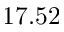
1 7 . 5 2